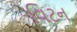
વિટન